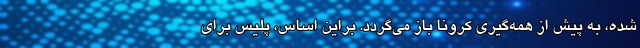
شده، به پیش از همه‌گیری کرونا باز می‌گردد. براین اساس، پلیس برای